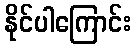
နိုင်ပါကြောင်း